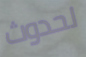
لحدوث